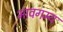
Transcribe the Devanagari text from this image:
भावगम्य